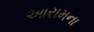
આરામના